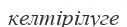
келтірілуге